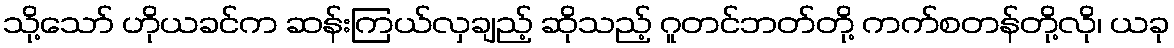
သို့သော် ဟိုယခင်က ဆန်းကြယ်လှချည့် ဆိုသည့် ဂူတင်ဘတ်တို့ ကက်စတန်တို့လို၊ ယခု